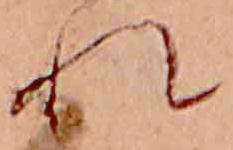
れ